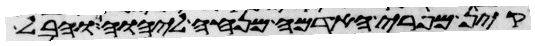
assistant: קין מפרי האדמה מנחה ליהוה והבל